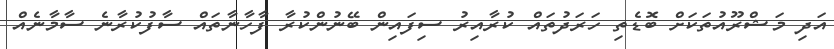
އަދި މަޝްރޫއުތަކަށް ބޮޑެތި ހަރަދުތައް ކުރާއިރު ސިފައިން ބޭނުންކުރާ ފާހާނާތައް ސާފުކުރާނެ ސާމާނެއް